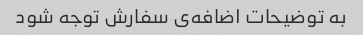
به توضیحات اضافه‌ی سفارش توجه شود